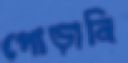
পোড়ানি